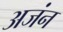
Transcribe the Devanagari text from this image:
अजंन